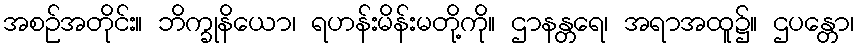
အစဉ်အတိုင်း။ ဘိက္ခုနိယော၊ ရဟန်းမိန်းမတို့ကို။ ဌာနန္တရေ၊ အရာအထူ၌။ ဌပန္တော၊